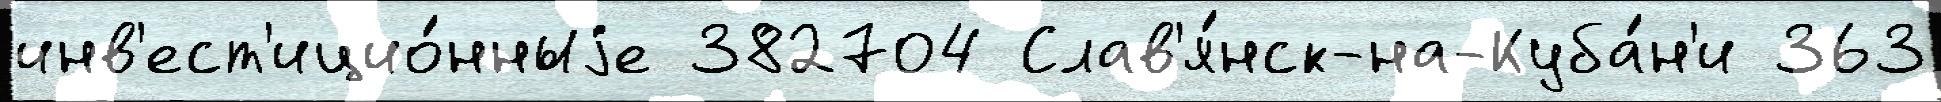
инв'ест'ицио́нныjе 382704 Слав'я́нск-на-Куба́н'и 363